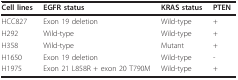
<table><thead><tr><td><b>Cell lines</b></td><td><b>EGFR status</b></td><td><b>KRAS status</b></td><td><b>PTEN</b></td></tr></thead><tbody><tr><td>HCC827</td><td>Exon 19 deletion</td><td>Wild-type</td><td>+</td></tr><tr><td>H292</td><td>Wild-type</td><td>Wild-type</td><td>+</td></tr><tr><td>H358</td><td>Wild-type</td><td>Mutant</td><td>+</td></tr><tr><td>H1650</td><td>Exon 19 deletion</td><td>Wild-type</td><td>-</td></tr><tr><td>H1975</td><td>Exon 21 L858R + exon 20 T790M</td><td>Wild-type</td><td>+</td></tr></tbody></table>